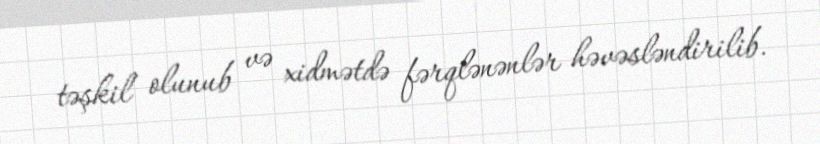
təşkil olunub və xidmətdə fərqlənənlər həvəsləndirilib.